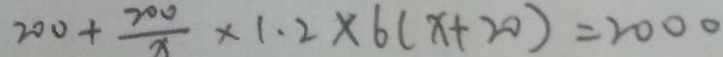
2 0 0 + \frac { 2 0 0 } { x } \times 1 . 2 \times 6 ( x + 2 0 ) = 2 0 0 0